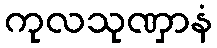
ကုလသုဏှာနံ